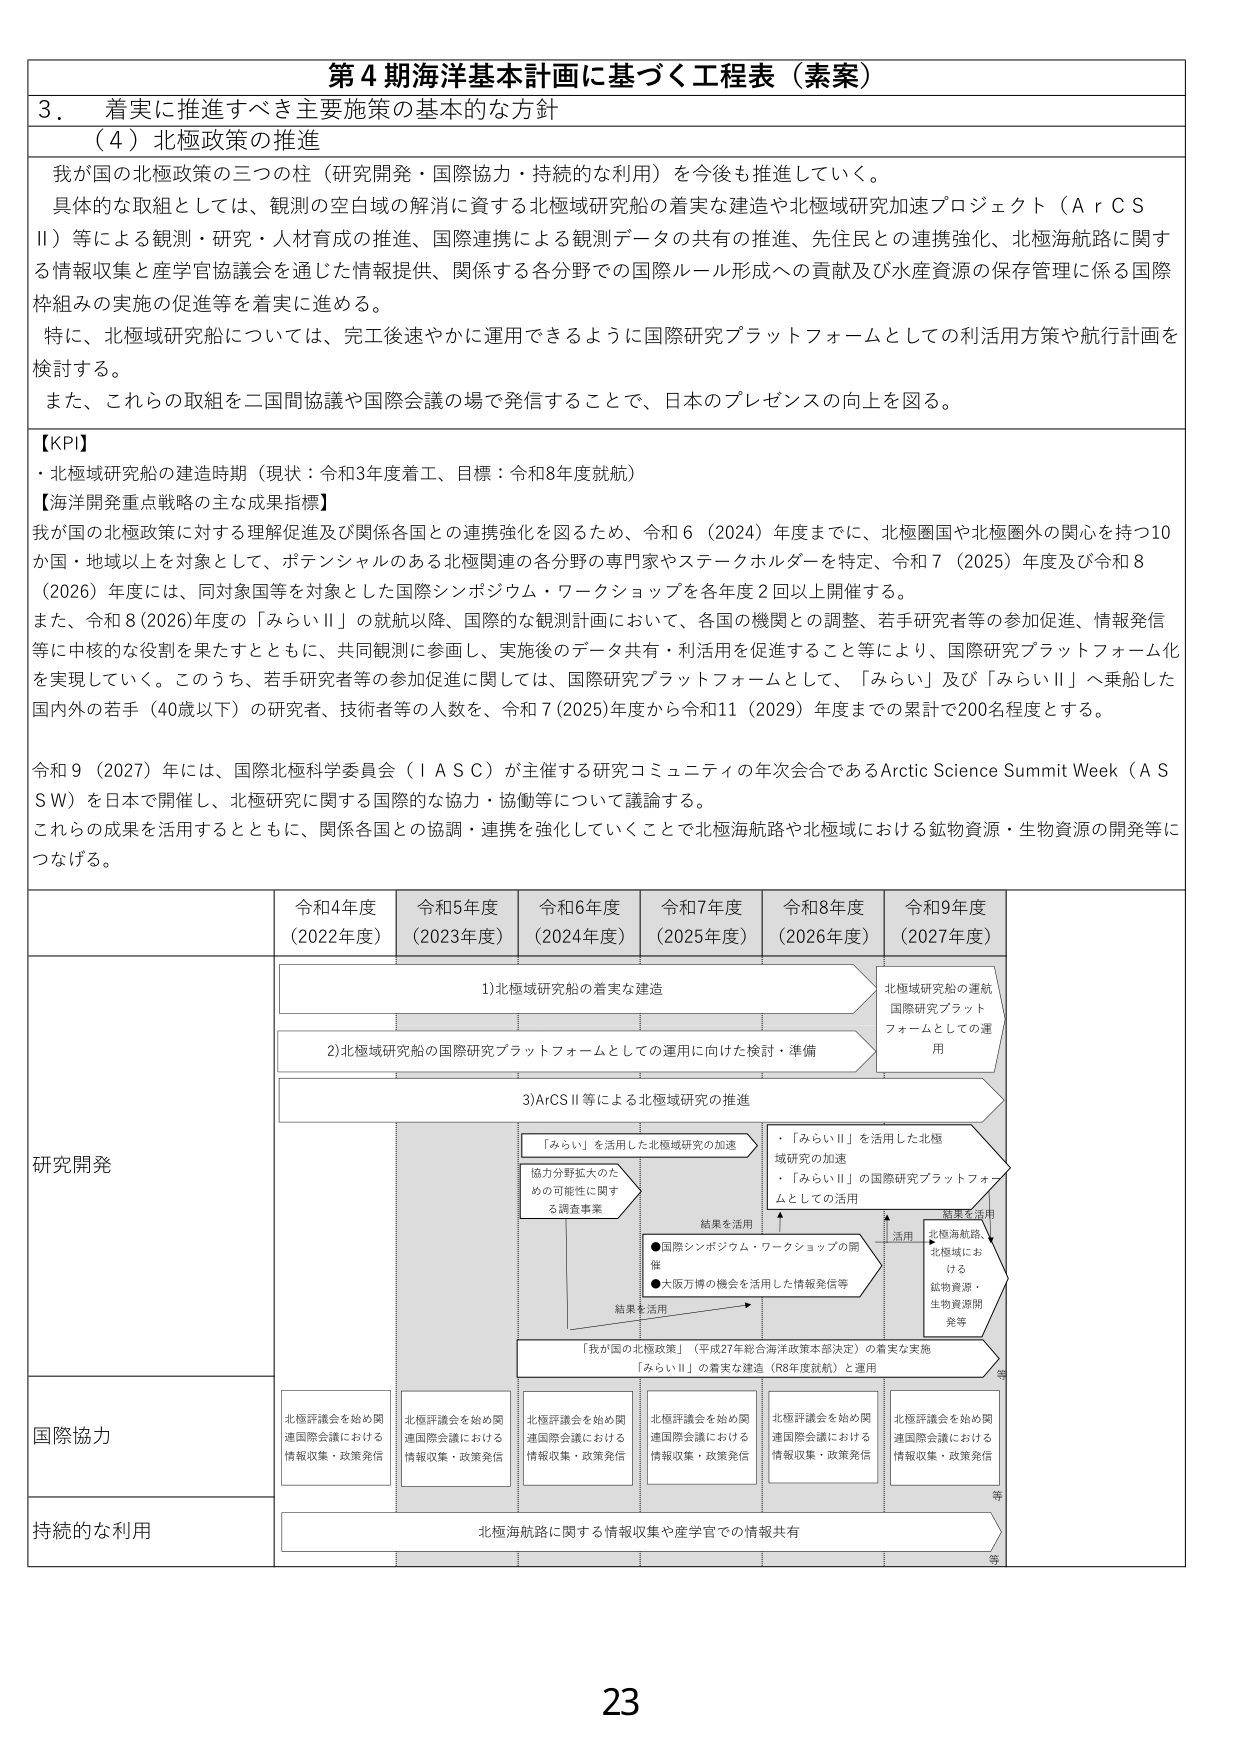
第４期海洋基本計画に基づく工程表（素案）

３．着実に推進すべき主要施策の基本的な方針

（４）北極政策の推進

我が国の北極政策の三つの柱（研究開発・国際協力・持続的な利用）を今後も推進していく。

具体的な取組としては、観測の空白域の解消に資する北極域研究船の着実な建造や北極域研究加速プロジェクト（ＡｒＣＳⅡ）等による観測・研究・人材育成の推進、国際連携による観測データの共有の推進、先住民との連携強化、北極海航路に関する情報収集と産学官協議会を通じた情報提供、関係する各分野での国際ルール形成への貢献及び水産資源の保存管理に係る国際枠組みの実施の促進等を着実に進める。

特に、北極域研究船については、完工後速やかに運用できるように国際研究プラットフォームとしての利活用方策や航行計画を検討する。

また、これらの取組を二国間協議や国際会議の場で発信することで、日本のプレゼンスの向上を図る。

【KPI】
・北極域研究船の建造時期（現状：令和3年度着工、目標：令和8年度就航）

【海洋開発重点戦略の主な成果指標】

我が国の北極政策に対する理解促進及び関係各国との連携強化を図るため、令和６（2024）年度までに、北極圏国や北極圏外の関心を持つ10か国・地域以上を対象として、ポテンシャルのある北極関連の各分野の専門家やステークホルダーを特定、令和７（2025）年度及び令和８（2026）年度には、同対象国等を対象とした国際シンポジウム・ワークショップを各年度２回以上開催する。

また、令和８（2026）年度の「みらいⅡ」の就航以降、国際的な観測計画において、各国の機関との調整、若手研究者等の参加促進、情報発信等に中核的な役割を果たすとともに、共同観測に参画し、実施後のデータ共有・利活用を促進すること等により、国際研究プラットフォーム化を実現していく。このうち、若手研究者等の参加促進に関しては、国際研究プラットフォームとして、「みらい」及び「みらいⅡ」へ乗船した国内外の若手（40歳以下）の研究者、技術者等の人数を、令和７（2025）年度から令和11（2029）年度までの累計で200名程度とする。

令和９（2027）年には、国際北極科学委員会（ＩＡＳＣ）が主催する研究コミュニティの年次会合であるArctic Science Summit Week（ＡＳＳＷ）を日本で開催し、北極研究に関する国際的な協力・協働等について議論する。

これらの成果を活用するとともに、関係各国との協調・連携を強化していくことで北極海航路や北極域における鉱物資源・生物資源の開発等につなげる。

令和4年度（2022年度）　令和5年度（2023年度）　令和6年度（2024年度）　令和7年度（2025年度）　令和8年度（2026年度）　令和9年度（2027年度）

研究開発
1)北極域研究船の着実な建造
2)北極域研究船の国際研究プラットフォームとしての運用に向けた検討・準備
3)ArCSⅡ等による北極域研究の推進
「みらい」を活用した北極域研究の加速
協力分野拡大のための可能性に関する調査事業
結果を活用
●国際シンポジウム・ワークショップの開催
●大阪万博の機会を活用した情報発信等
結果を活用
「みらいⅡ」を活用した北極域研究の加速
「みらいⅡ」の国際研究プラットフォームとしての活用
活用
北極海航路、北極域における鉱物資源・生物資源開発等
「我が国の北極政策」（平成27年総合海洋政策本部決定）の着実な実施
「みらいⅡ」の着実な建造（R8年度就航）と運用

国際協力
北極評議会を始め関連国際会議における情報収集・政策発信
北極評議会を始め関連国際会議における情報収集・政策発信
北極評議会を始め関連国際会議における情報収集・政策発信
北極評議会を始め関連国際会議における情報収集・政策発信
北極評議会を始め関連国際会議における情報収集・政策発信
北極評議会を始め関連国際会議における情報収集・政策発信

持続的な利用
北極海航路に関する情報収集や産学官での情報共有

北極域研究船の運航
国際研究プラットフォームとしての運用

等
等

23